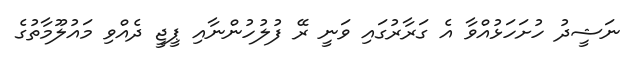
ނަޝީދު ހުށަހަޅުއްވާ އެ ގަރާރުގައި ވަނީ ރޭ ފުލުހުންނާއި ޕީޖީ ދެއްވި މައުލޫމާތުގެ